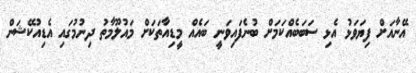
އޭނާއަށް ފިޔަވަޅު އެޅި ސަބަބެއްކަމަށް ބުނެފައިވަނީ ބައެއް މީޑިއާތަކަށް މައުލޫމާތު ދިނުމުގައި އެޑިއުކޭޝަން